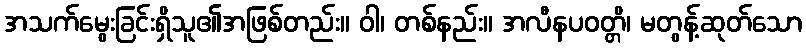
အသက်မွေးခြင်းရှိသူ၏အဖြစ်တည်း။ ဝါ၊ တစ်နည်း။ အလီနပဝတ္တိ၊ မတွန့်ဆုတ်သော